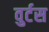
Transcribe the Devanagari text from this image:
वुर्टस